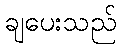
ချပေးသည်